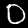
Label: 0